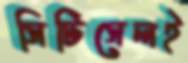
সিটিসেলই